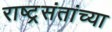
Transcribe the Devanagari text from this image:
राष्ट्रसंतांच्या